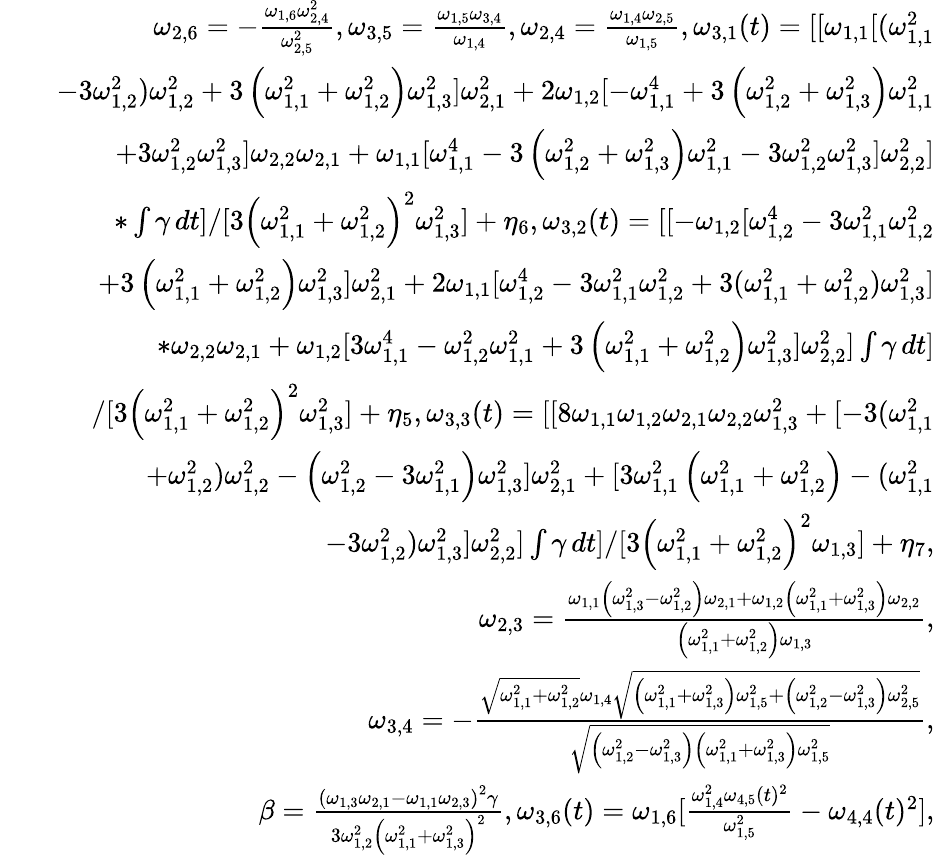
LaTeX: \begin{array}{rlr}&{}&{\omega_{2,6}=-\frac{\omega_{1,6}\omega_{2,4}^{2}}{\omega_{2,5}^{2}},\omega_{3,5}=\frac{\omega_{1,5}\omega_{3,4}}{\omega_{1,4}},\omega_{2,4}=\frac{\omega_{1,4}\omega_{2,5}}{\omega_{1,5}},\omega_{3,1}(t)=[[\omega_{1,1}[(\omega_{1,1}^{2}}\\ &{}&{-3\omega_{1,2}^{2})\omega_{1,2}^{2}+3\left(\omega_{1,1}^{2}+\omega_{1,2}^{2}\right)\omega_{1,3}^{2}]\omega_{2,1}^{2}+2\omega_{1,2}[-\omega_{1,1}^{4}+3\left(\omega_{1,2}^{2}+\omega_{1,3}^{2}\right)\omega_{1,1}^{2}}\\ &{}&{+3\omega_{1,2}^{2}\omega_{1,3}^{2}]\omega_{2,2}\omega_{2,1}+\omega_{1,1}[\omega_{1,1}^{4}-3\left(\omega_{1,2}^{2}+\omega_{1,3}^{2}\right)\omega_{1,1}^{2}-3\omega_{1,2}^{2}\omega_{1,3}^{2}]\omega_{2,2}^{2}]}\\ &{}&{*\int\gamma\, dt]/[3\left(\omega_{1,1}^{2}+\omega_{1,2}^{2}\right)^{2}\omega_{1,3}^{2}]+\eta_{6},\omega_{3,2}(t)=[[-\omega_{1,2}[\omega_{1,2}^{4}-3\omega_{1,1}^{2}\omega_{1,2}^{2}}\\ &{}&{+3\left(\omega_{1,1}^{2}+\omega_{1,2}^{2}\right)\omega_{1,3}^{2}]\omega_{2,1}^{2}+2\omega_{1,1}[\omega_{1,2}^{4}-3\omega_{1,1}^{2}\omega_{1,2}^{2}+3(\omega_{1,1}^{2}+\omega_{1,2}^{2})\omega_{1,3}^{2}]}\\ &{}&{*\omega_{2,2}\omega_{2,1}+\omega_{1,2}[3\omega_{1,1}^{4}-\omega_{1,2}^{2}\omega_{1,1}^{2}+3\left(\omega_{1,1}^{2}+\omega_{1,2}^{2}\right)\omega_{1,3}^{2}]\omega_{2,2}^{2}]\int\gamma\, dt]}\\ &{}&{/[3\left(\omega_{1,1}^{2}+\omega_{1,2}^{2}\right)^{2}\omega_{1,3}^{2}]+\eta_{5},\omega_{3,3}(t)=[[8\omega_{1,1}\omega_{1,2}\omega_{2,1}\omega_{2,2}\omega_{1,3}^{2}+[-3(\omega_{1,1}^{2}}\\ &{}&{+\omega_{1,2}^{2})\omega_{1,2}^{2}-\left(\omega_{1,2}^{2}-3\omega_{1,1}^{2}\right)\omega_{1,3}^{2}]\omega_{2,1}^{2}+[3\omega_{1,1}^{2}\left(\omega_{1,1}^{2}+\omega_{1,2}^{2}\right)-(\omega_{1,1}^{2}}\\ &{}&{-3\omega_{1,2}^{2})\omega_{1,3}^{2}]\omega_{2,2}^{2}]\int\gamma\, dt]/[3\left(\omega_{1,1}^{2}+\omega_{1,2}^{2}\right)^{2}\omega_{1,3}]+\eta_{7},}\\ &{}&{\omega_{2,3}=\frac{\omega_{1,1}\left(\omega_{1,3}^{2}-\omega_{1,2}^{2}\right)\omega_{2,1}+\omega_{1,2}\left(\omega_{1,1}^{2}+\omega_{1,3}^{2}\right)\omega_{2,2}}{\left(\omega_{1,1}^{2}+\omega_{1,2}^{2}\right)\omega_{1,3}},}\\ &{}&{\omega_{3,4}=-\frac{\sqrt{\omega_{1,1}^{2}+\omega_{1,2}^{2}}\omega_{1,4}\sqrt{\left(\omega_{1,1}^{2}+\omega_{1,3}^{2}\right)\omega_{1,5}^{2}+\left(\omega_{1,2}^{2}-\omega_{1,3}^{2}\right)\omega_{2,5}^{2}}}{\sqrt{\left(\omega_{1,2}^{2}-\omega_{1,3}^{2}\right)\left(\omega_{1,1}^{2}+\omega_{1,3}^{2}\right)\omega_{1,5}^{2}}},}\\ &{}&{\beta=\frac{\left(\omega_{1,3}\omega_{2,1}-\omega_{1,1}\omega_{2,3}\right)^{2}\gamma}{3\omega_{1,2}^{2}\left(\omega_{1,1}^{2}+\omega_{1,3}^{2}\right)^{2}},\omega_{3,6}(t)=\omega_{1,6}[\frac{\omega_{1,4}^{2}\omega_{4,5}(t)^{2}}{\omega_{1,5}^{2}}-\omega_{4,4}(t)^{2}],}\end{array}